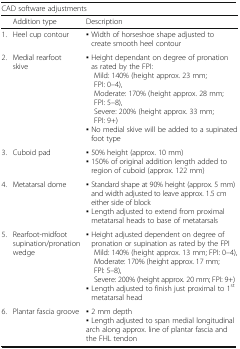
| <COLSPAN=3> CAD software adjustments |
 |  | Addition type | Description |
 | --- | --- | --- |
 | 1. | Heel cup contour | ▪ Width of horseshoe shape adjusted to create smooth heel contour |
 | 2. | Medial rearfoot skive | ▪ Height dependant on degree of pronation as rated by the FPI: Mild: 140% (height approx. 23 mm; FPI: 0–4), Moderate: 170% (height approx. 28 mm; FPI: 5–8), Severe: 200% (height approx. 33 mm; FPI: 9+)▪ No medial skive will be added to a supinated foot type |
 | 3. | Cuboid pad | ▪ 50% height (approx. 10 mm)▪ 150% of original addition length added to region of cuboid (approx. 122 mm) |
 | 4. | Metatarsal dome | ▪ Standard shape at 90% height (approx. 5 mm) and width adjusted to leave approx. 1.5 cm either side of block▪ Length adjusted to extend from proximal metatarsal heads to base of metatarsals |
 | 5. | Rearfoot-midfoot supination/pronation wedge | ▪ Height adjusted dependent on degree of pronation or supination as rated by the FPI Mild: 140% (height approx. 13 mm; FPI: 0–4), Moderate: 170% (height approx. 17 mm; FPI: 5–8), Severe: 200% (height approx. 20 mm; FPI: 9+)▪ Length adjusted to finish just proximal to 1st metatarsal head |
 | 6. | Plantar fascia groove | ▪ 2 mm depth▪ Length adjusted to span medial longitudinal arch along approx. line of plantar fascia and the FHL tendon |